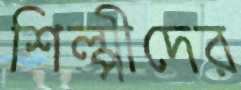
শিল্পীদের